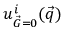
{ u _ { \vec { G } = 0 } ^ { i } ( \vec { q } ) }